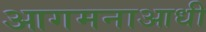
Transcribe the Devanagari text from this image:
आगमनाआधी